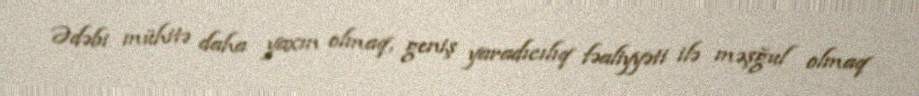
Ədəbi mühitə daha yaxın olmaq, geniş yaradıcılıq fəaliyyəti ilə məşğul olmaq